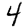
Digit: 4